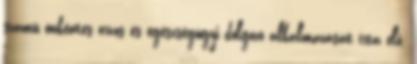
számú önkéntes orvos és egészségügyi dolgozó alkalmazását írta elő.